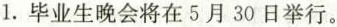
1.毕业生晚会将在5月30日举行.